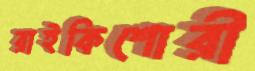
রাইকিশোরী